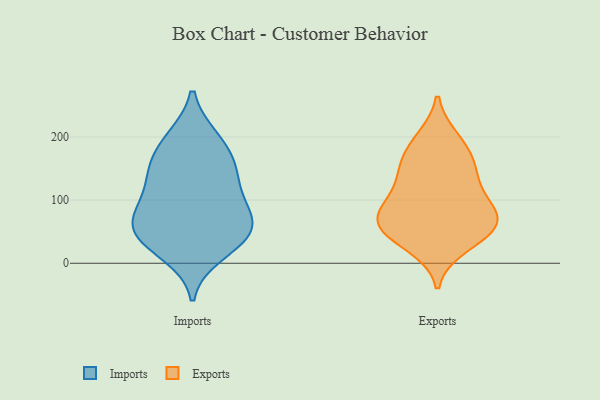
{"axis": {"x": "Page Views", "y": "Value"}, "legend": ["Exports", "Imports"], "data": [{"x": "", "y": 195, "type": "Imports"}, {"x": "", "y": 16, "type": "Imports"}, {"x": "", "y": 138, "type": "Imports"}, {"x": "", "y": 40, "type": "Imports"}, {"x": "", "y": 197, "type": "Imports"}, {"x": "", "y": 84, "type": "Imports"}, {"x": "", "y": 155, "type": "Imports"}, {"x": "", "y": 120, "type": "Imports"}, {"x": "", "y": 39, "type": "Imports"}, {"x": "", "y": 48, "type": "Imports"}, {"x": "", "y": 86, "type": "Imports"}, {"x": "", "y": 155, "type": "Imports"}, {"x": "", "y": 55, "type": "Imports"}, {"x": "", "y": 73, "type": "Imports"}, {"x": "", "y": 65, "type": "Exports"}, {"x": "", "y": 61, "type": "Exports"}, {"x": "", "y": 49, "type": "Exports"}, {"x": "", "y": 72, "type": "Exports"}, {"x": "", "y": 142, "type": "Exports"}, {"x": "", "y": 28, "type": "Exports"}, {"x": "", "y": 81, "type": "Exports"}, {"x": "", "y": 106, "type": "Exports"}, {"x": "", "y": 47, "type": "Exports"}, {"x": "", "y": 186, "type": "Exports"}, {"x": "", "y": 196, "type": "Exports"}, {"x": "", "y": 144, "type": "Exports"}, {"x": "", "y": 93, "type": "Exports"}, {"x": "", "y": 157, "type": "Exports"}]}